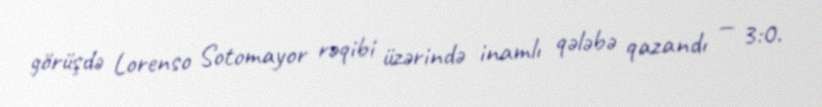
görüşdə Lorenso Sotomayor rəqibi üzərində inamlı qələbə qazandı — 3:0.